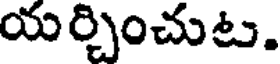
యర్చించుట.